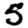
Digit: 5